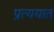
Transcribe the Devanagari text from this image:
प्रत्ययात